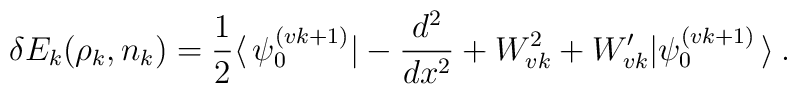
\delta E_k (\rho_k,n_k) = \frac{1}{2}     \langle \, \psi_{0}^{(vk+1)} | -\frac{d^2}{dx^2} +            W^2_{vk} + W'_{vk} | \psi_{0}^{(vk+1)} \, \rangle   \>.